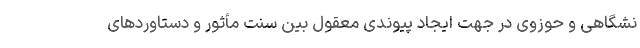
نشگاهی و حوزوی در جهت ایجاد پیوندی معقول بین سنت مأثور و دستاوردهای